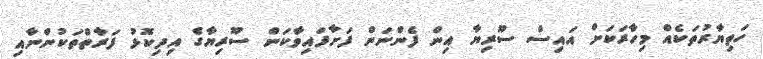
ހަތިޔާރުތަކެއް މިހާރަކަށް އައިސް ސޫރިޔާ އިން ފެންނަން ފަށާފައިވާކަން ސޫރިޔާގެ އިދިކޮޅު ފަރާތްތަކުންނާއި